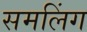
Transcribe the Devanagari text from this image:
समलिंग